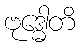
ဗုဒ္ဓေါတိ